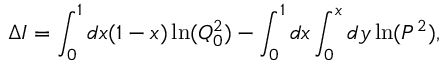
\Delta I = \int _ { 0 } ^ { 1 } d x ( 1 - x ) \ln ( Q _ { 0 } ^ { 2 } ) - \int _ { 0 } ^ { 1 } d x \int _ { 0 } ^ { x } d y \ln ( P ^ { 2 } ) ,